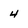
Character: 4